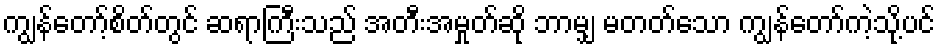
ကျွန်တော့်စိတ်တွင် ဆရာကြီးသည် အတီးအမှုတ်ဆို ဘာမျှ မတတ်သော ကျွန်တော်ကဲ့သို့ပင်